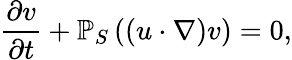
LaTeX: \frac{\partial v}{\partial t}+\mathbb{P}_{S}\left((u\cdot\nabla)v\right)=0,